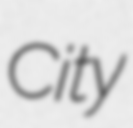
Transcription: City